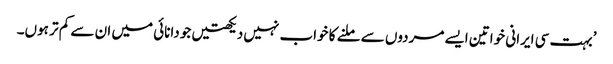
’بہت سی ایرانی خواتین ایسے مردوں سے ملنے کا خواب نہیں دیکھتیں جو دانائی میں ان سے کم تر ہوں۔